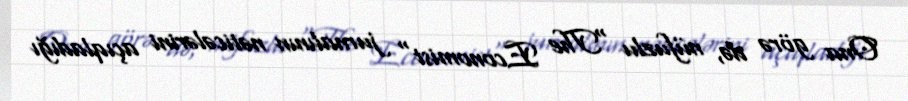
Ona görə də, nüfuzlu "The Economist" jurnalının nəticələrini açıqladığı